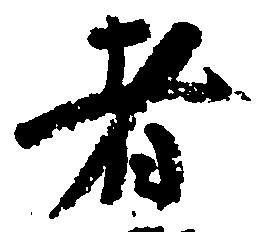
者